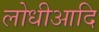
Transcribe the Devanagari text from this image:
लोधीआदि